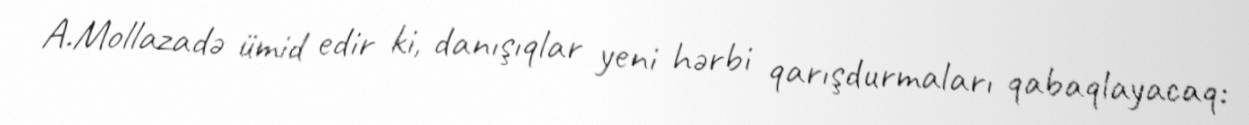
A.Mollazadə ümid edir ki, danışıqlar yeni hərbi qarışdurmaları qabaqlayacaq: